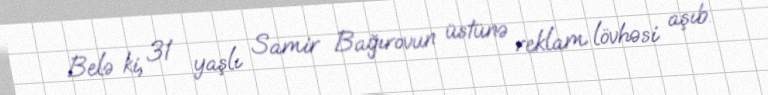
Belə ki, 31 yaşlı Samir Bağırovun üstünə reklam lövhəsi aşıb.